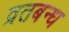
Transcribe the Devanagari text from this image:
व्रतबन्ध